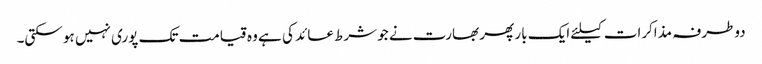
دوطرفہ مذاکرات کیلئے ایک بار پھر بھارت نے جو شرط عائد کی ہے وہ قیامت تک پوری نہیں ہو سکتی۔